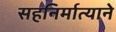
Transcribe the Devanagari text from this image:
सहनिर्मात्याने